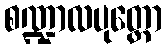
စဏ္ဍာလပုတ္တော